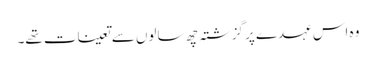
وہ اس عہدے پر گزشتہ چھ سالوں سے تعینات تھے۔